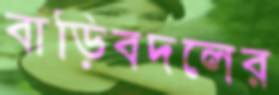
বাড়িবদলের